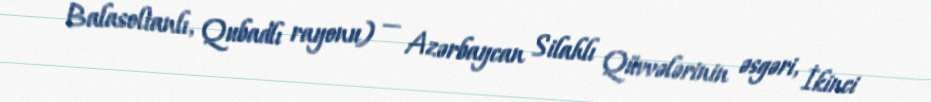
Balasoltanlı, Qubadlı rayonu) — Azərbaycan Silahlı Qüvvələrinin əsgəri, İkinci